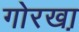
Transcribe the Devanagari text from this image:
गोरखा़